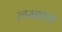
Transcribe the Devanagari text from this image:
लम्हारा